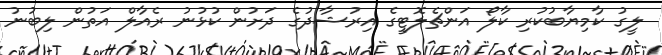
ލީގު ކާމިޔާބުކުރި ކާލޯ އަންޗެލޮޓީގެ އިރުޝާދުގެ ދަށުން ކުޅުނު ރެއާލް އަތުން ލިބުނު